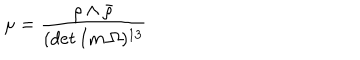
\mu = \frac { \rho \wedge \bar { \rho } } { ( d e t \, I m \, \Omega ) ^ { 1 3 } }